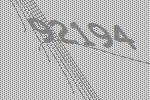
92194